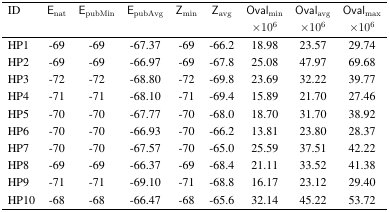
<table><thead><tr><td><b>ID</b></td><td><b>E<sub>nat</sub></b></td><td><b>E<sub>pubMin</sub></b></td><td><b>E<sub>pubAvg</sub></b></td><td><b>Z<sub>min</sub></b></td><td><b>Z<sub>avg</sub></b></td><td><b>Oval<sub>min</sub> ×10<sup>6</sup></b></td><td><b>Oval<sub>avg</sub> ×10<sup>6</sup></b></td><td><b>Oval<sub>max</sub> ×10<sup>6</sup></b></td></tr></thead><tbody><tr><td>HP1</td><td>-69</td><td>-69</td><td>-67.37</td><td>-69</td><td>-66.2</td><td>18.98</td><td>23.57</td><td>29.74</td></tr><tr><td>HP2</td><td>-69</td><td>-69</td><td>-66.97</td><td>-69</td><td>-67.8</td><td>25.08</td><td>47.97</td><td>69.68</td></tr><tr><td>HP3</td><td>-72</td><td>-72</td><td>-68.80</td><td>-72</td><td>-69.8</td><td>23.69</td><td>32.22</td><td>39.77</td></tr><tr><td>HP4</td><td>-71</td><td>-71</td><td>-68.10</td><td>-71</td><td>-69.4</td><td>15.89</td><td>21.70</td><td>27.46</td></tr><tr><td>HP5</td><td>-70</td><td>-70</td><td>-67.77</td><td>-70</td><td>-68.0</td><td>18.70</td><td>31.70</td><td>38.92</td></tr><tr><td>HP6</td><td>-70</td><td>-70</td><td>-66.93</td><td>-70</td><td>-66.2</td><td>13.81</td><td>23.80</td><td>28.37</td></tr><tr><td>HP7</td><td>-70</td><td>-70</td><td>-67.57</td><td>-70</td><td>-65.0</td><td>25.59</td><td>37.51</td><td>42.22</td></tr><tr><td>HP8</td><td>-69</td><td>-69</td><td>-66.37</td><td>-69</td><td>-68.4</td><td>21.11</td><td>33.52</td><td>41.38</td></tr><tr><td>HP9</td><td>-71</td><td>-71</td><td>-69.10</td><td>-71</td><td>-68.8</td><td>16.17</td><td>23.12</td><td>29.40</td></tr><tr><td>HP10</td><td>-68</td><td>-68</td><td>-66.47</td><td>-68</td><td>-65.6</td><td>32.14</td><td>45.22</td><td>53.72</td></tr></tbody></table>